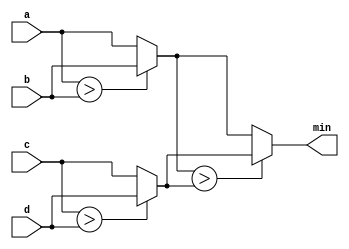
module top_module (
    input [7:0] a, b, c, d,
    output [7:0] min);//

    wire [7:0] cmp1, cmp2;
    assign cmp1 = a > b? b : a;
    assign cmp2 = c > d? d : c;
    assign min = cmp1 > cmp2? cmp2 : cmp1;

endmodule